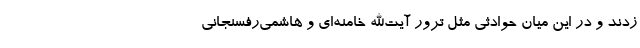
زدند و در این میان حوادثی مثل ترور آیت‌الله خامنه‌ای و هاشمی‌رفسنجانی